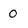
Character: 0